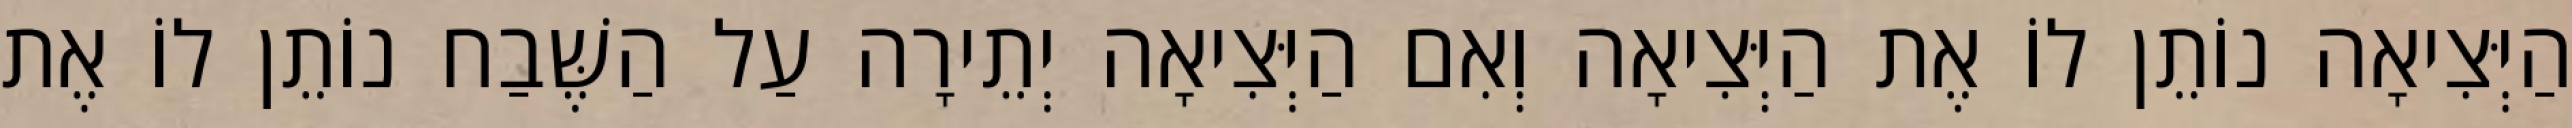
הַיְּצִיאָה נוֹתֵן לוֹ אֶת הַיְּצִיאָה וְאִם הַיְּצִיאָה יְתֵירָה עַל הַשֶּׁבַח נוֹתֵן לוֹ אֶת